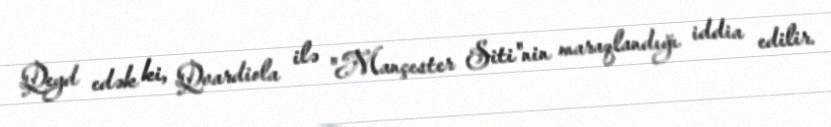
Qeyd edək ki, Qvardiola ilə "Mançester Siti"nin maraqlandığı iddia edilir.